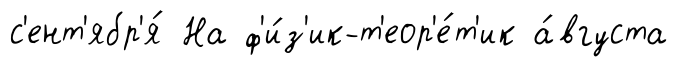
с'ент'ябр'я́ На ф'и́з'ик-т'еор'е́т'ик а́вгуста